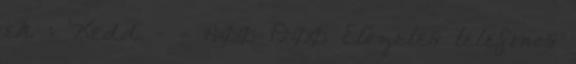
ek : Kedd - - 14:00 19:00 Előzetes telefonos